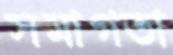
সমাগতা